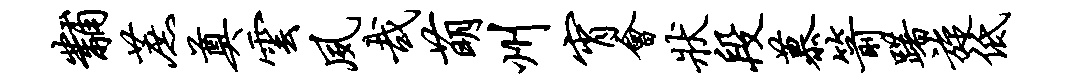
黼蔗奠云夙哉萌州宵会状段慕箭躇旋低